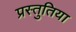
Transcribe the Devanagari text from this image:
प्रस्तुतिया